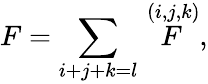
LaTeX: F=\sum_{i+j+k=l}\stackrel{(i,j,k)}{F},